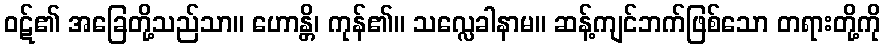
ဝဋ်၏ အခြေတို့သည်သာ။ ဟောန္တိ၊ ကုန်၏။ သလ္လေခါနာမ။ ဆန့်ကျင်ဘက်ဖြစ်သော တရားတို့ကို